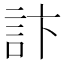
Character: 𮗾